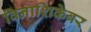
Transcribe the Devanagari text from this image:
विनाशिकेवर